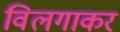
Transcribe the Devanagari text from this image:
विलगाकर